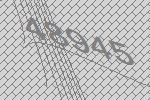
48945